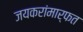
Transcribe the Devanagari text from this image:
जयकरांमार्फत